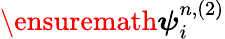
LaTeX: \ensuremath{\boldsymbol{\psi}}_{i}^{n,(2)}